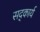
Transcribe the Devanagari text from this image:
सद्कार्य